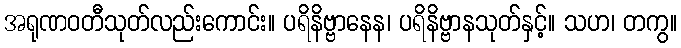
အရုဏဝတီသုတ်လည်းကောင်း။ ပရိနိဗ္ဗာနေန၊ ပရိနိဗ္ဗာနသုတ်နှင့်။ သဟ၊ တကွ။